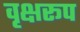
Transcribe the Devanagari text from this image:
वृक्षरूप